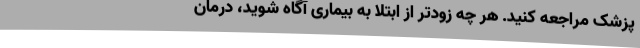
پزشک مراجعه کنید. هر چه زودتر از ابتلا به بیماری آگاه شوید، درمان